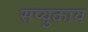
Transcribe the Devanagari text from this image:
सप्युकाय